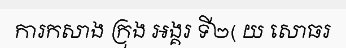
ការកសាង ក្រុង អង្គរ ទី២( យ សោធរ